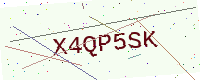
Text: X4QP5SK